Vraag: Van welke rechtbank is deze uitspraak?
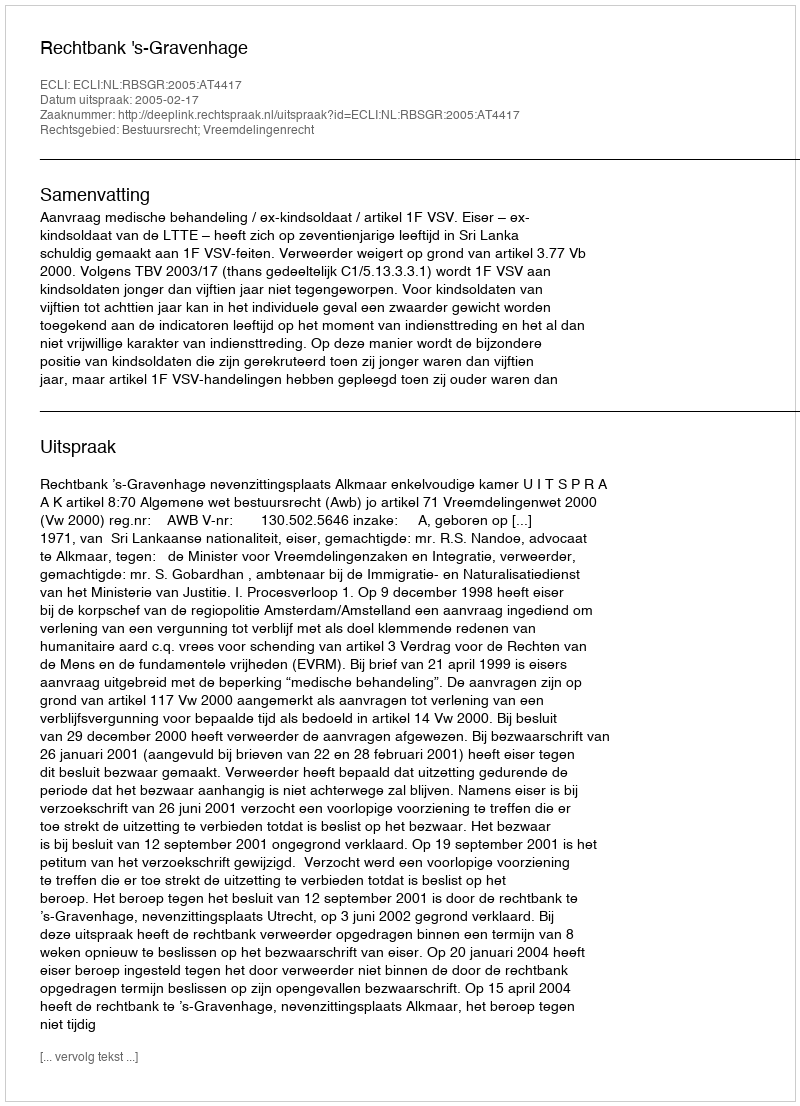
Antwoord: Rechtbank 's-Gravenhage